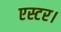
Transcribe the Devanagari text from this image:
एस्टर।